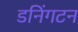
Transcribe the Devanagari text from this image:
डनिंगटन